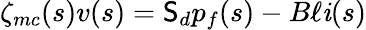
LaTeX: \zeta_{mc}(s)v(s)=\mathsf{S}_{d}p_{f}(s)-B\ell\mathit{i}(s)